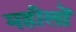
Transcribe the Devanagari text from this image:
महीलों